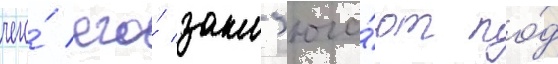
чего́ его́ закл'юча́ют по́д